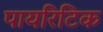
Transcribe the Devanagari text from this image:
पायरिटिक